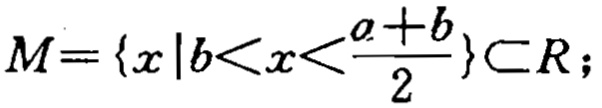
\(M = \{ x\mid b < x < \frac{a + b}{2}\} \subset \mathbb{R};\)